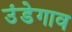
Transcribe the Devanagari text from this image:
उंडेगाव